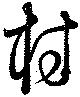
村